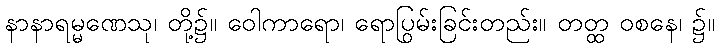
နာနာရမ္မဏေသု၊ တို့၌။ ဝေါကာရော၊ ရောပြွမ်းခြင်းတည်း။ တတ္ထ ဝစနေ၊ ၌။